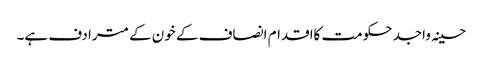
حسینہ واجد حکومت کااقدام انصاف کے خون کے مترادف ہے۔